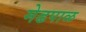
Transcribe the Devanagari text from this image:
मेढपाळ